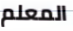
المعلم